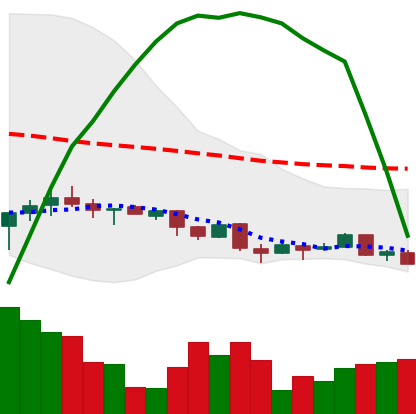
Ticker: XMR-USD
Chart end date: 2018-04-06
Forward return: 4.418%
Label: up_3_5